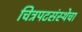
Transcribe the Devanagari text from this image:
चित्रपटसंस्थेचा